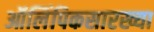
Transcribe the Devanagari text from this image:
ऑलिंपिकसारख्या